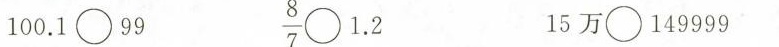
100.1\bigcirc 99 $$\frac{8}{7}\bigcirc 1.2$$ 15万\bigcirc 149999